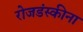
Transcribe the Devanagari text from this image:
रोजडंस्कीना